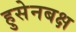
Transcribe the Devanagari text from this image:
हुसेनबक्ष